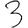
Digit: 3